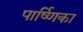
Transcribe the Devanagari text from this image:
पार्ष्णिका